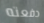
دفعته